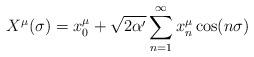
LaTeX: \begin{align*}X^{\mu}(\sigma) = x_0^{\mu}+ \sqrt{2\alpha '} \sum_{n=1}^\infty{x_n^{\mu}\cos(n\sigma)}\end{align*}